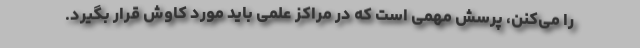
را می‌کنن، پرسش مهمی است که در مراکز علمی باید مورد کاوش قرار بگیرد.